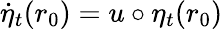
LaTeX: \dot{\eta}_{t}(r_{0})=u\circ\eta_{t}(r_{0})